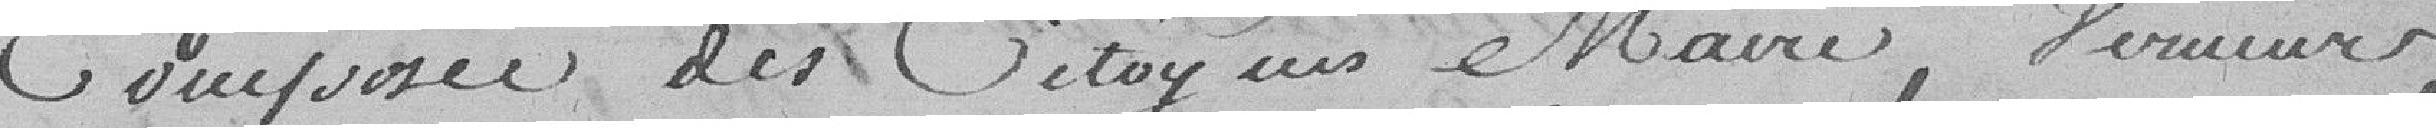
composée des citoyens Maire, Verueur,